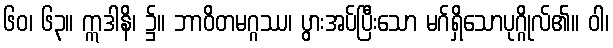
၆၀၊ ၆၃။ ဣဒါနိ၊ ၌။ ဘာဝိတမဂ္ဂဿ၊ ပွားအပ်ပြီးသော မဂ်ရှိသောပုဂ္ဂိုလ်၏။ ဝါ၊